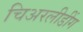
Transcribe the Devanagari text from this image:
चिअरलीडींग